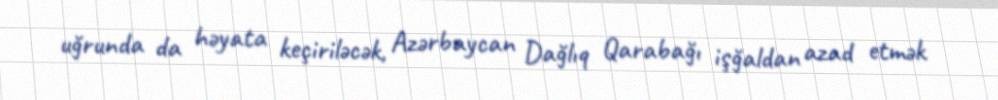
uğrunda da həyata keçiriləcək, Azərbaycan Dağlıq Qarabağı işğaldan azad etmək